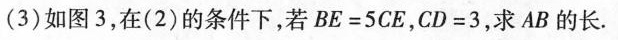
(3)如图3，在(2)的条件下，若 $$B E = 5 C E$$，$$C D = 3$$，求AB的长.